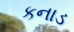
કનાડ